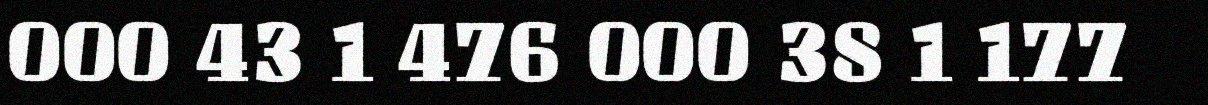
000 43 1 476 000 38 1 177